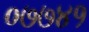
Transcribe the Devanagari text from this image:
०७७४१